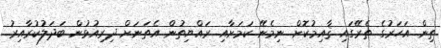
ތިން އަހަރުގެ ތެރޭގައި ޤާއިމުކޮށް ނިމެނޭ ކަމަށާއި ރައްޔިތުން އެތަނަށް ދިރިއުޅުން ބަދަލުކުރާއިރު